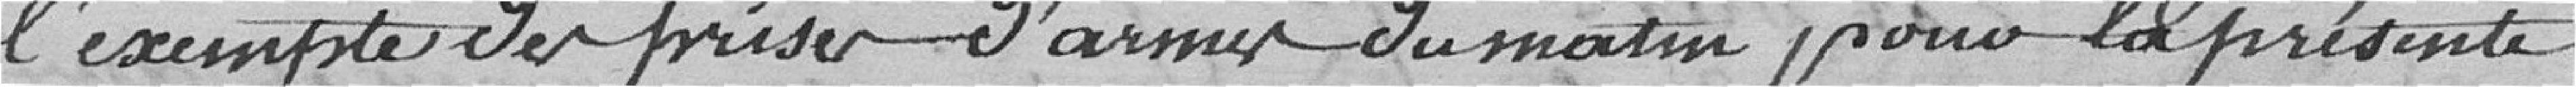
l'exempte de prise d'armes du matin pour la présente